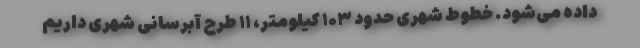
داده می‌شود. خطوط شهری حدود ۱۰۳ کیلومتر، ۱۱ طرح آبرسانی شهری داریم